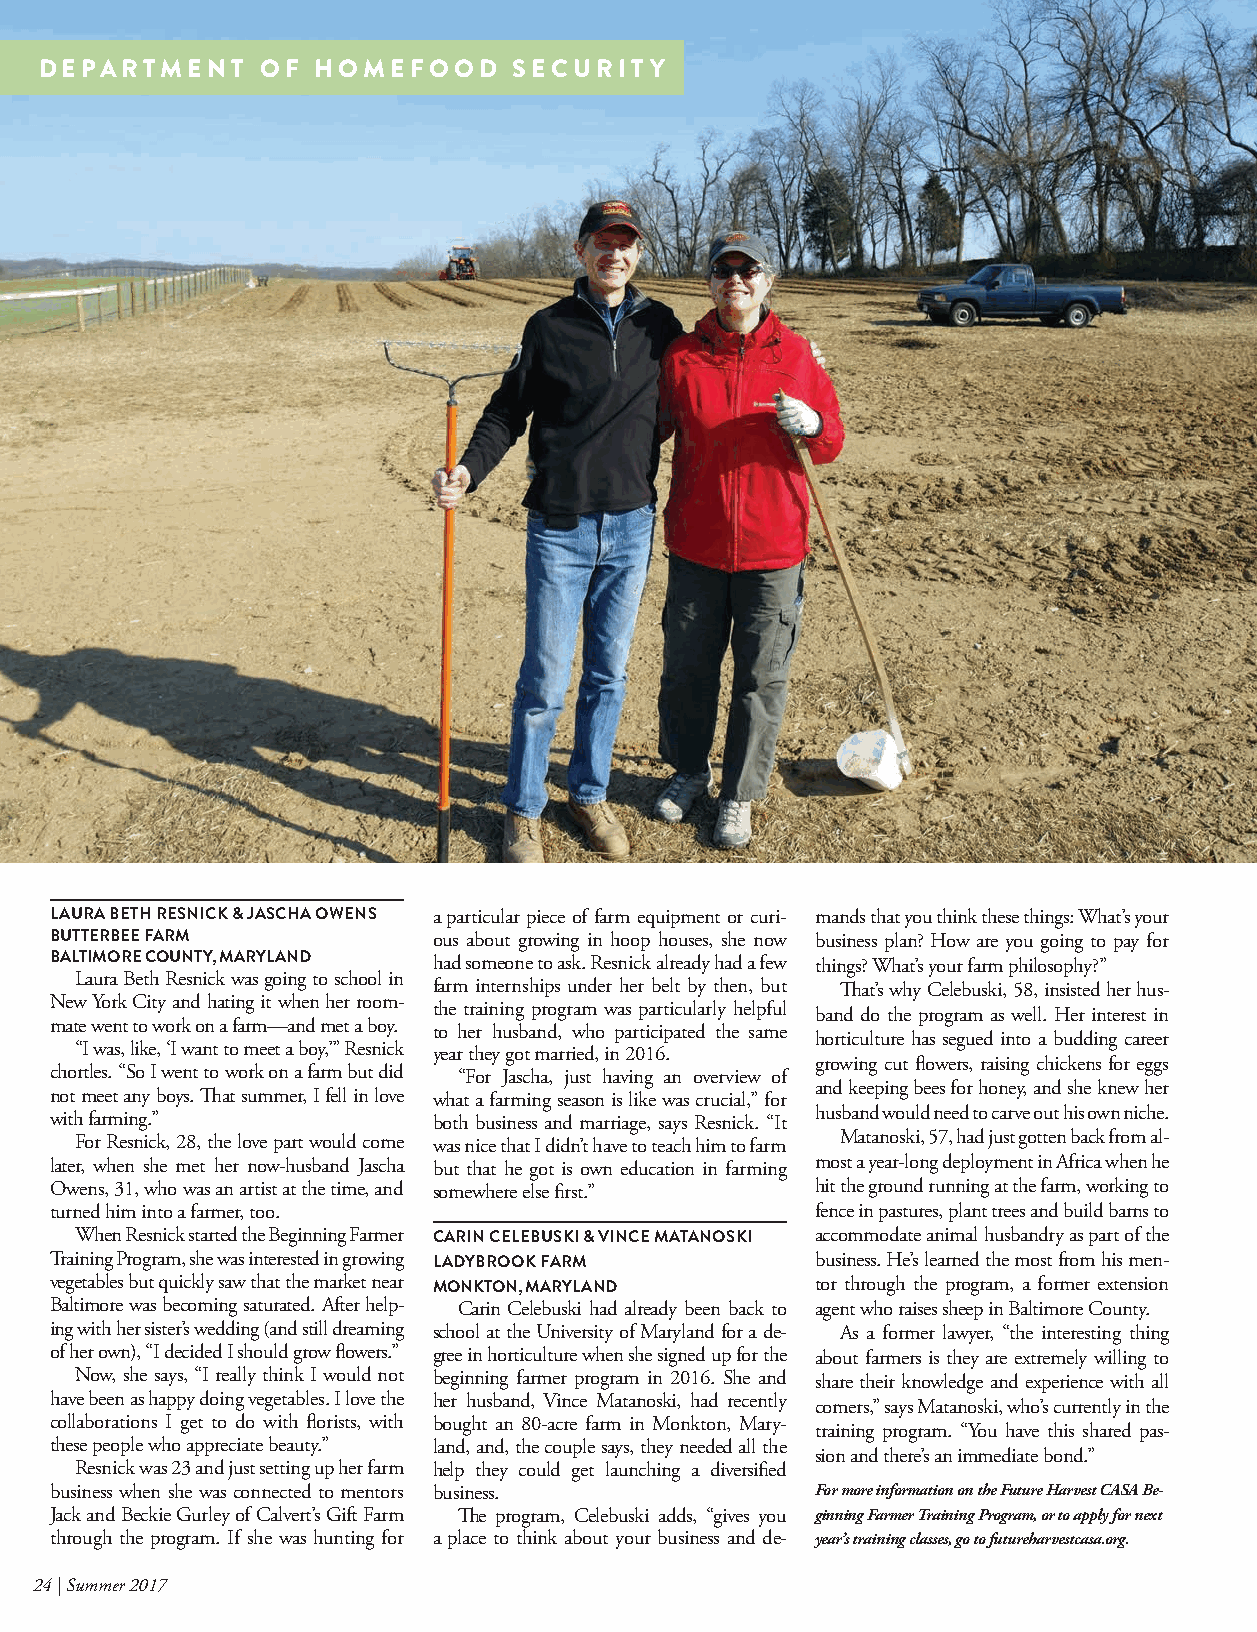
DEPARTMENT    OF  HOMEFOOD     SECURITY
 LAURA BETH RESNICK & JASCHA OWENS a particular piece of farm equipment or curi- mands that you think these things: What’s your
 BUTTERBEE FARM            ous about growing in hoop houses, she now business plan? How are you going to pay for
 BALTIMORE COUNTY, MARYLAND had someone to ask. Resnick already had a few things? What’s your farm philosophy?”
 Laura Beth Resnick was going to school in
 farm internships under her belt by then, but That’s why Celebuski, 58, insisted her hus-
 New York City and hating it when her room- the training program was particularly helpful band do the program as well. Her interest in
 mate went to work on a farm—and met a boy. to her husband, who participated the same
 horticulture has segued into a budding career
 “I was, like, ‘I want to meet a boy,’” Resnick year they got married, in 2016.
 growing cut flowers, raising chickens for eggs
 chortles. “So I went to work on a farm but did “For Jascha, just having an overview of
 and keeping bees for honey, and she knew her
 not meet any boys. That summer, I fell in love what a farming season is like was crucial,” for
 with farming.”            both business and marriage, says Resnick. “It husband would need to carve out his own niche.
 For Resnick, 28, the love part would come was nice that I didn’t have to teach him to farm Matanoski, 57, had just gotten back from al-
 later, when she met her now-husband Jascha but that he got is own education in farming most a year-long deployment in Africa when he
 Owens, 31, who was an artist at the time, and somewhere else first.” hit the ground running at the farm, working to
 turned him into a farmer, too.                     fence in pastures, plant trees and build barns to
 When Resnick started the Beginning Farmer CARIN CELEBUSKI & VINCE MATANOSKI accommodate animal husbandry as part of the
 Training Program, she was interested in growing LADYBROOK FARM business. He’s learned the most from his men-
 vegetables but quickly saw that the market near MONKTON, MARYLAND tor through the program, a former extension
 Baltimore was becoming saturated. After help- Carin Celebuski had already been back to agent who raises sheep in Baltimore County.
 ing with her sister’s wedding (and still dreaming school at the University of Maryland for a de- As a former lawyer, “the interesting thing
 of her own), “I decided I should grow flowers.” gree in horticulture when she signed up for the about farmers is they are extremely willing to
 Now, she says, “I really think I would not beginning farmer program in 2016. She and share their knowledge and experience with all
 have been as happy doing vegetables. I love the her husband, Vince Matanoski, had recently comers,” says Matanoski, who’s currently in the
 collaborations I get to do with florists, with bought an 80-acre farm in Monkton, Mary-
 training program. “You have this shared pas-
 these people who appreciate beauty.” land, and, the couple says, they needed all the
 sion and there’s an immediate bond.”
 Resnick was 23 and just setting up her farm help they could get launching a diversified
 business when she was connected to mentors business. For more information on the Future Harvest CASA Be-
 Jack and Beckie Gurley of Calvert’s Gift Farm The program, Celebuski adds, “gives you ginning Farmer Training Program, or to apply for next
 through the program. If she was hunting for a place to think about your business and de- year’s training classes, go to futureharvestcasa.org.
 24 | Summer 2017